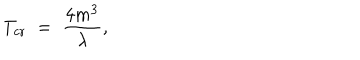
LaTeX: T _ { \mathrm { c r } } \; = \; \frac { 4 m ^ { 3 } } { \lambda } ,